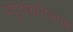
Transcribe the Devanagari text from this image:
यदुवंशनिरूपण